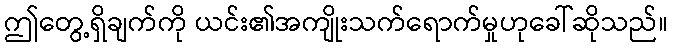
ဤတွေ့ရှိချက်ကို ယင်း၏အကျိုးသက်ရောက်မှုဟုခေါ်ဆိုသည်။